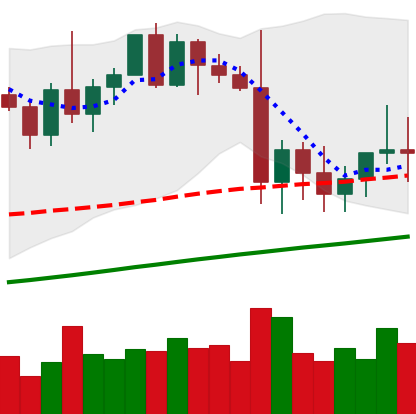
Ticker: XMR-USD
Chart end date: 2021-01-08
Forward return: 20.538%
Label: up_7plus